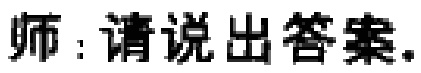
师：请说出答案.